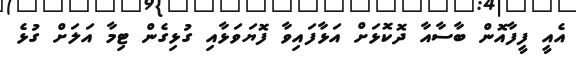
އެއީ ފީފާއޮން ބާސާއާ ދޮކޮޅަށް އަޅާފައިވާ ފޮޔަވަޅާއި ގުޅިގެން ޓިމާ އަލަށް ގުޅެ